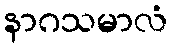
နာဂသမာလံ